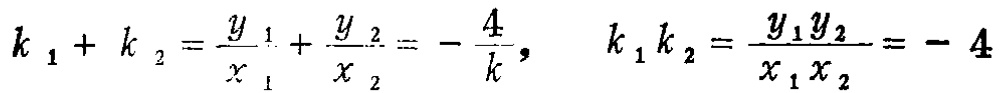
\[k_{1}+k_{2}=\frac{y_{1}}{x_{1}}+\frac{y_{2}}{x_{2}}=-\frac{4}{k},\quad k_{1}k_{2}=\frac{y_{1}y_{2}}{x_{1}x_{2}}=-4\]